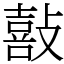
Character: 敼